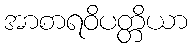
အာစာရဝိပတ္တိယာ